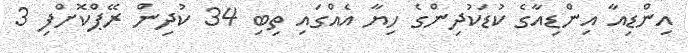
އިންޑިއާ އިންޑިއާގެ ކުޑަކުދިންގެ ހިޔާ އެއްގައި ތިބި 34 ކުދިން ރޭޕްކޮށްފި 3